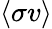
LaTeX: \left<\sigma v\right>